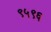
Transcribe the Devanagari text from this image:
९५९६